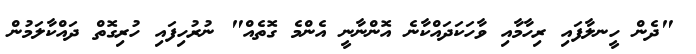
"ދެން ހީނލާފައި ރިހާމާއި ވާހަކަދައްކާނެ އޮންނާނީ އެންމެ ގޮތެއް" ނުރުހިފައި ހުރިގޮތް ދައްކާލަމުން